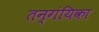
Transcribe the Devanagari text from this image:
तन्गंयिका